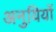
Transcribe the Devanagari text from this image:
अनुयियों